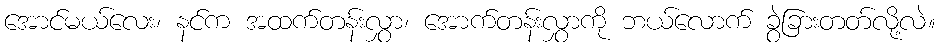
အောင်မယ်လေး၊ နင်က အထက်တန်းလွှာ၊ အောက်တန်းလွှာကို ဘယ်လောက် ခွဲခြားတတ်လို့လဲ။